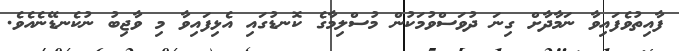
ފާއިތުވެފައިވާ ނަމާދާށް ގިނަ ދުވަސްވުމަކުން މުސްލިމާގެ ކޮނޑުގައި އެޅިފައިވާ މި ވާޖިބު ނުކެނޑޭނެއެވެ.